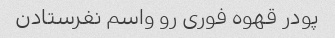
پودر قهوه فوری رو واسم نفرستادن